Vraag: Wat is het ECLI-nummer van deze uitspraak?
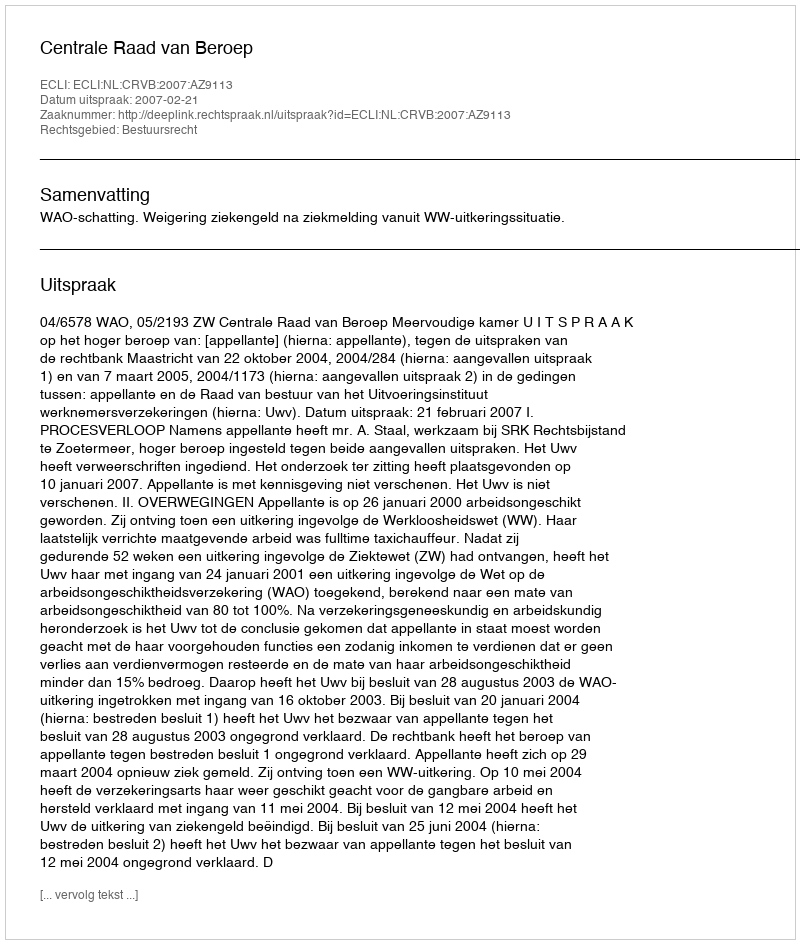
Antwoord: ECLI:NL:CRVB:2007:AZ9113